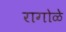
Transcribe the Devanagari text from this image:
रागोळे